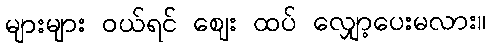
များများ ဝယ်ရင် ဈေး ထပ် လျှော့ပေးမလား။